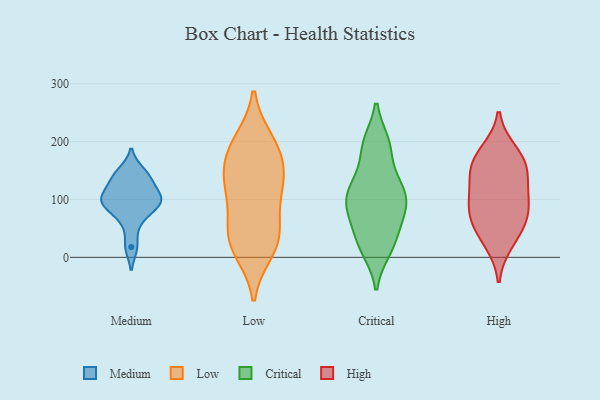
{"axis": {"x": "Page Views", "y": "Value"}, "legend": ["Critical", "High", "Low", "Medium"], "data": [{"x": "", "y": 62, "type": "Medium"}, {"x": "", "y": 109, "type": "Medium"}, {"x": "", "y": 139, "type": "Medium"}, {"x": "", "y": 88, "type": "Medium"}, {"x": "", "y": 18, "type": "Medium"}, {"x": "", "y": 148, "type": "Medium"}, {"x": "", "y": 93, "type": "Medium"}, {"x": "", "y": 98, "type": "Medium"}, {"x": "", "y": 128, "type": "Medium"}, {"x": "", "y": 99, "type": "Medium"}, {"x": "", "y": 114, "type": "Low"}, {"x": "", "y": 186, "type": "Low"}, {"x": "", "y": 192, "type": "Low"}, {"x": "", "y": 23, "type": "Low"}, {"x": "", "y": 114, "type": "Low"}, {"x": "", "y": 28, "type": "Low"}, {"x": "", "y": 53, "type": "Low"}, {"x": "", "y": 46, "type": "Low"}, {"x": "", "y": 200, "type": "Low"}, {"x": "", "y": 139, "type": "Low"}, {"x": "", "y": 12, "type": "Low"}, {"x": "", "y": 163, "type": "Low"}, {"x": "", "y": 127, "type": "Low"}, {"x": "", "y": 33, "type": "Critical"}, {"x": "", "y": 197, "type": "Critical"}, {"x": "", "y": 113, "type": "Critical"}, {"x": "", "y": 14, "type": "Critical"}, {"x": "", "y": 120, "type": "Critical"}, {"x": "", "y": 194, "type": "Critical"}, {"x": "", "y": 118, "type": "Critical"}, {"x": "", "y": 75, "type": "Critical"}, {"x": "", "y": 194, "type": "Critical"}, {"x": "", "y": 13, "type": "Critical"}, {"x": "", "y": 97, "type": "Critical"}, {"x": "", "y": 104, "type": "Critical"}, {"x": "", "y": 39, "type": "Critical"}, {"x": "", "y": 146, "type": "Critical"}, {"x": "", "y": 78, "type": "Critical"}, {"x": "", "y": 77, "type": "Critical"}, {"x": "", "y": 155, "type": "High"}, {"x": "", "y": 27, "type": "High"}, {"x": "", "y": 164, "type": "High"}, {"x": "", "y": 87, "type": "High"}, {"x": "", "y": 96, "type": "High"}, {"x": "", "y": 53, "type": "High"}, {"x": "", "y": 149, "type": "High"}, {"x": "", "y": 109, "type": "High"}, {"x": "", "y": 181, "type": "High"}, {"x": "", "y": 63, "type": "High"}]}